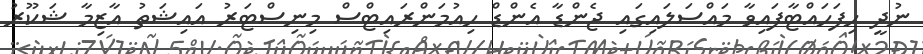
ނުދީ ހިފަހައްޓާފައިވާ މައްސަލައިގައި ޖެންޑާ އެންޑް ހިއުމަންރައިޓްސް މިނިސްޓަރު އައިޝަތު އާޒިމާ ޝަކޫރު